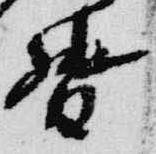
督